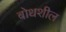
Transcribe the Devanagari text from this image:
बोधशील